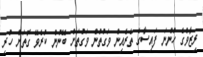
ރިޒާވްގެ ހުންނަ ފައިސާގެ ތެރެއިން ވަގުތުން ވަގުތަށް ބޭނުން ކުރެވޭ ގޮތަށް ހުރި